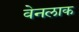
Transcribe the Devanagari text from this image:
वेनलाक